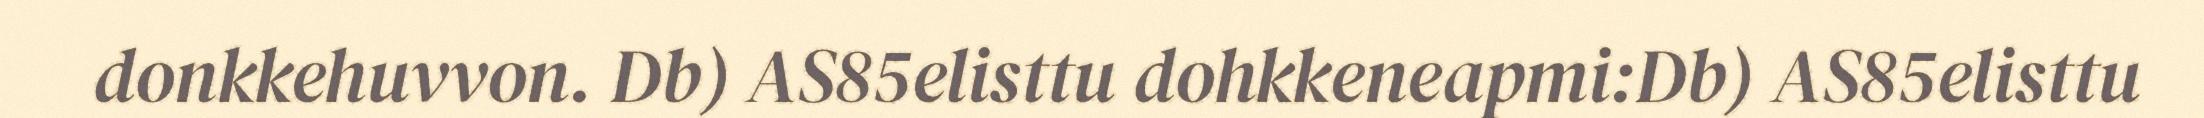
donkkehuvvon. Db) AS85elisttu dohkkeneapmi:Db) AS85elisttu